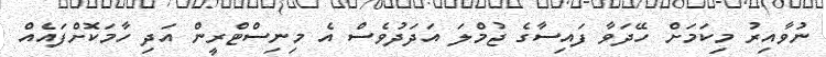
ނުވާއިރު މިކަމަށް ހޭދަވާ ފައިސާގެ ޖުމްލަ އަދަދުވެސް އެ މިނިސްޓްރީން އަދި ހާމަކޮށްފައެއް